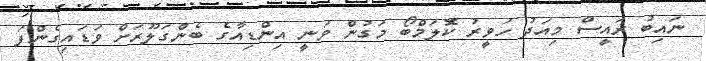
ނައިބު ރައީސް މިއަދު ހަވީރު ކޮލަމްބޯ މަގުން ވަނީ އިންޑިއާގެ ބެންގަލޫރަށް ވަޑައިގެންފަ